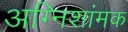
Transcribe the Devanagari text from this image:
अग्निशांमक